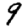
Digit: 9